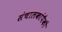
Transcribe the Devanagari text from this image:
संचालकांपैकी